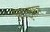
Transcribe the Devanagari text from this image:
फ़ाइफ़र